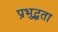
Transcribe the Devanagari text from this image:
प्रभुद्धता